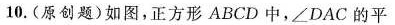
10.(原创题)如图，正方形ABCD中，∠DAC的平